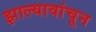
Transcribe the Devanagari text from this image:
झाल्यावांचून